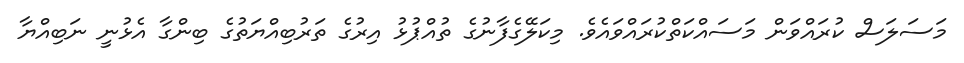
މަސަލަސް ކުރައްވަން މަސައްކަތްކުރައްވައެވެ. މިކަލޭގެފާނުގެ ތުއްޕުޅު އިރުގެ ތަރުބިއްޔަތުގެ ބިންގާ އެޅުނީ ނަބިއްޔާ